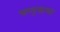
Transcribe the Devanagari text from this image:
चम्पुकाव्य